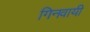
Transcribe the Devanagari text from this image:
गिनवायी